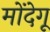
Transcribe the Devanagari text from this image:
मोंदेगू